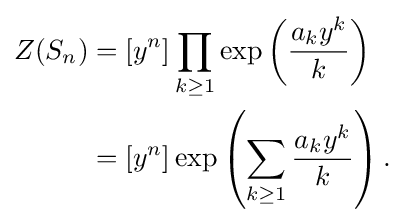
{\begin{aligned}Z(S_{n})&=[y^{n}]\prod \limits _{k\geq 1}\exp \left({\frac {a_{k}y^{k}}{k}}\right)\\&=[y^{n}]\exp \left(\sum \limits _{k\geq 1}{\frac {a_{k}y^{k}}{k}}\right).\end{aligned}}